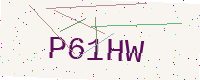
Text: P61HW